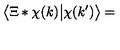
\big \langle \Xi * \chi ( k ) \big | \chi ( k ^ { \prime } ) \big \rangle =